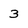
Character: 3